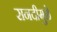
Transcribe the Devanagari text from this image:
सनदीमुळे